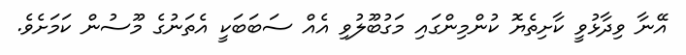
އޭނާ ވިދާޅުވީ ކާށިތެޔޮ ކުންމިންގައި މަގުބޫލުވި އެއް ސަބަބަކީ އެތަނުގެ މޫސުން ކަމަށެވެ.